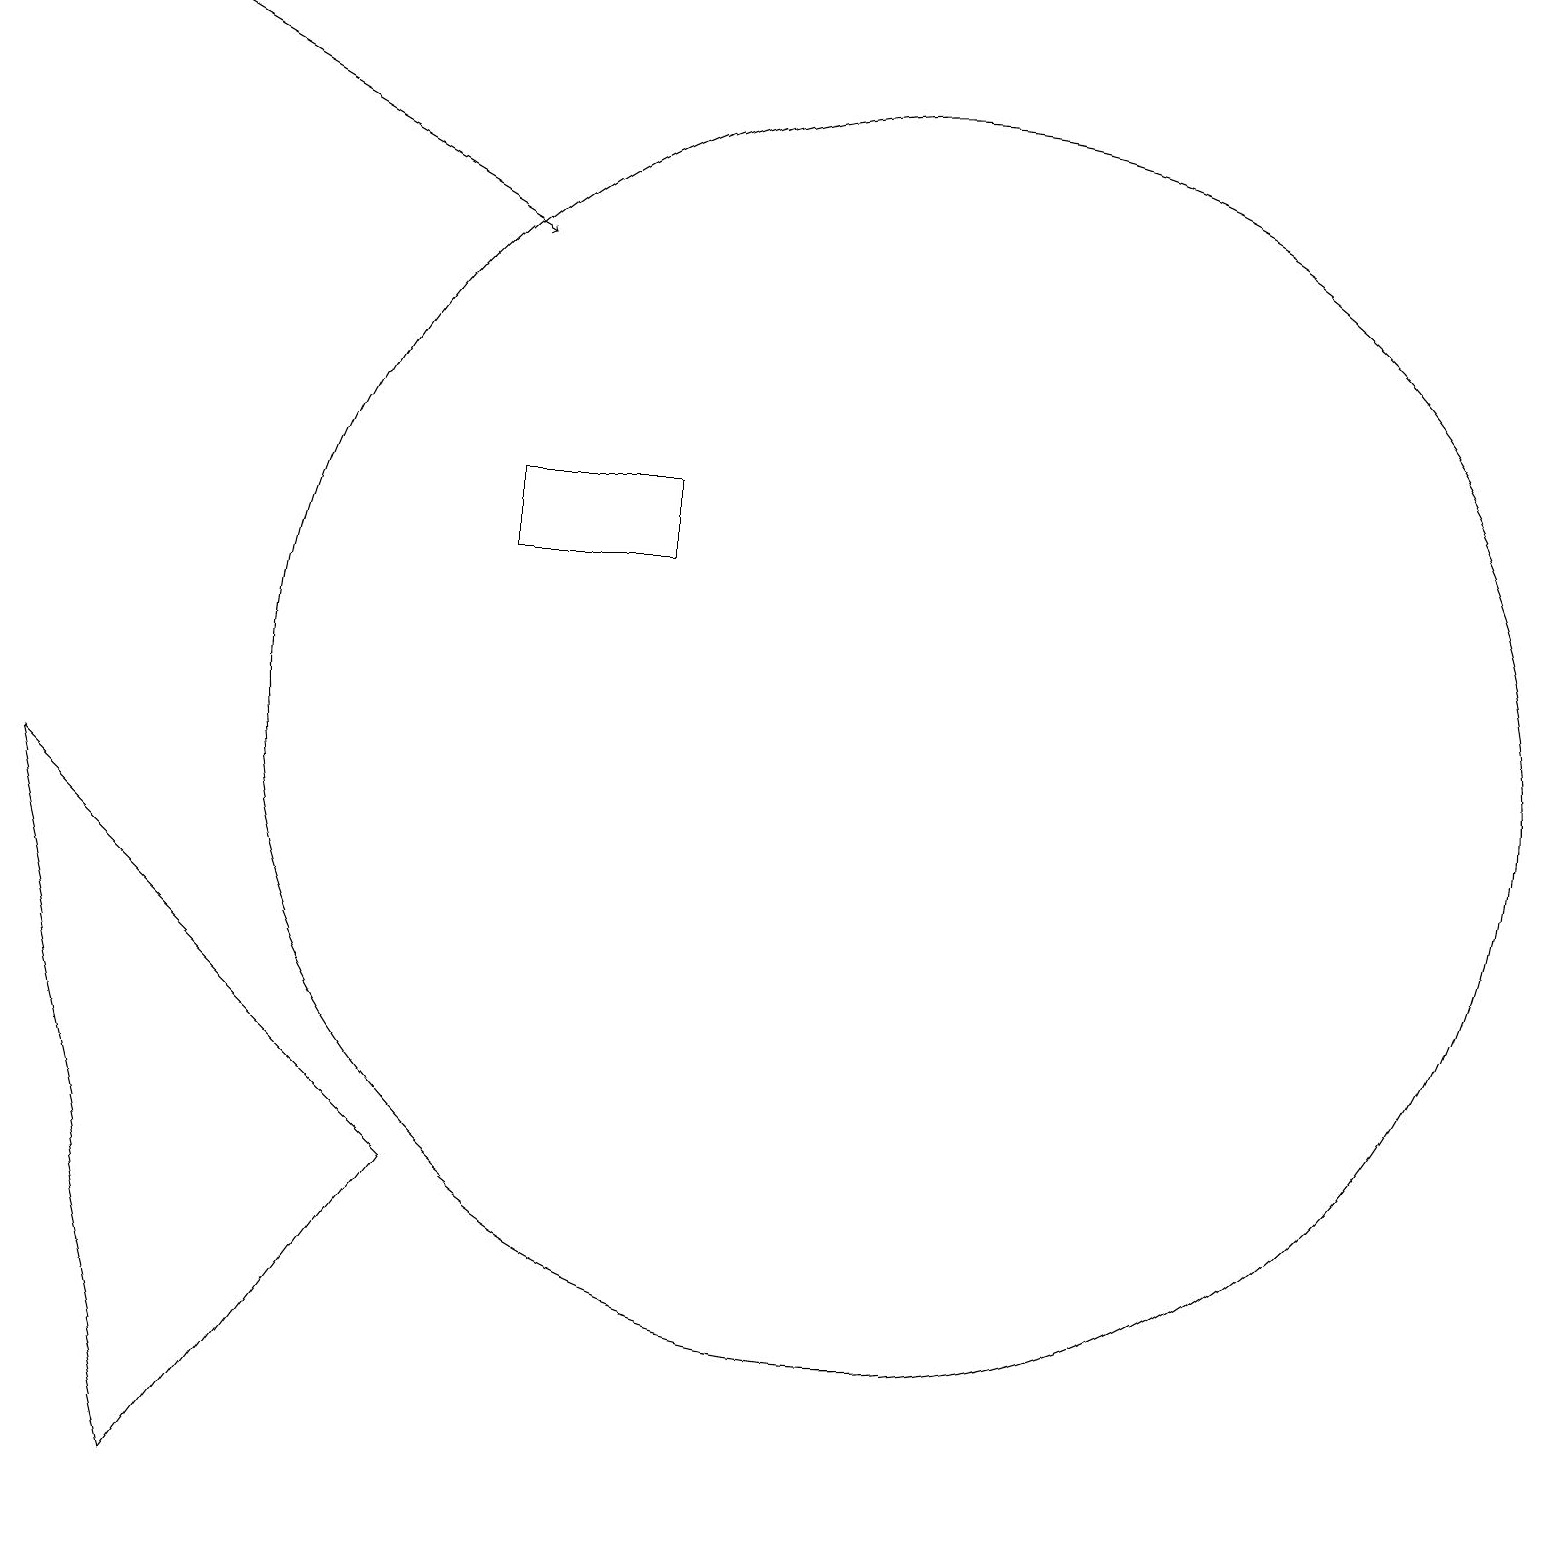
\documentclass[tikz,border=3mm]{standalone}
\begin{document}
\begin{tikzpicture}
\draw[->] (1,19) -- (6,16);
\draw (0,9) -- (2,0) -- (5,4) -- cycle;
\draw (11,10) circle (8);
\draw (6,12) rectangle (8,13);
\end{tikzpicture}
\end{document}